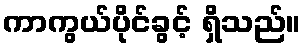
ကာကွယ်ပိုင်ခွင့် ရှိသည်။